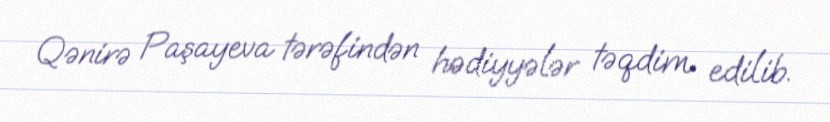
Qənirə Paşayeva tərəfindən hədiyyələr təqdim edilib.